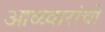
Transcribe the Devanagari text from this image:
आळ्वारांची